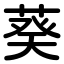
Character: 葵